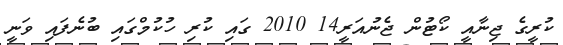
ކުރީގެ ޖިނާއީ ކޯޓުން ޖެނުއަރީ14 2010 ގައި ކުރި ހުކުމްގައި ބުނެފައި ވަނީ